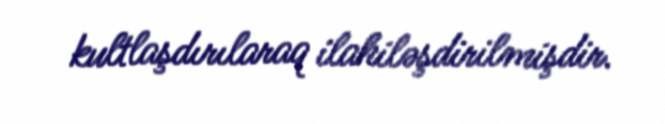
kultlaşdırılaraq ilahiləşdirilmişdir.